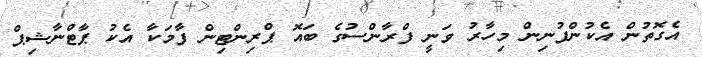
އެގޮތުން އެކުންފުނިން މިހާރު ވަނީ ފްރާންސުގެ ބައޮ ޕްރިންޓިން ފާމަކާ އެކު ޕާޓްނާޝިޕް